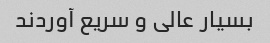
بسیار عالی و سریع آوردند